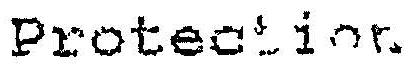
PROTECTION